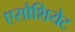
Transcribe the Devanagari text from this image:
एसोशियेट